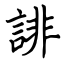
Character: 誹